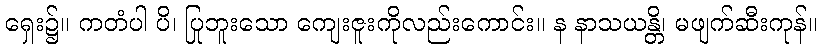
ရှေး၌။ ကတံပါ ပိ၊ ပြုဘူးသော ကျေးဇူးကိုလည်းကောင်း။ န နာသယန္တိ၊ မဖျက်ဆီးကုန်။